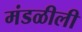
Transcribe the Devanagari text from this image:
मंडळीली